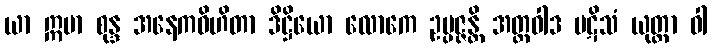
ယာ ဣမာ စုန္ဒ အနေကဝိဟိတာ ဒိဋ္ဌိယော လောကေ ဥပ္ပဇ္ဇန္တိ အတ္တဝါဒ ပဋိသံ ယုတ္တာ ဝါ